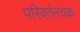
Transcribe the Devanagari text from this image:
परिवर्तनचक्र